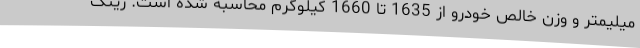
میلیمتر و وزن خالص خودرو از 1635 تا 1660 کیلوگرم محاسبه شده است. رینگ